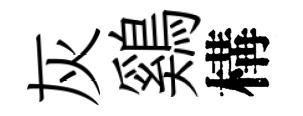
灰鷄構